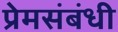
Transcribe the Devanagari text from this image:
प्रेमसंबंधी